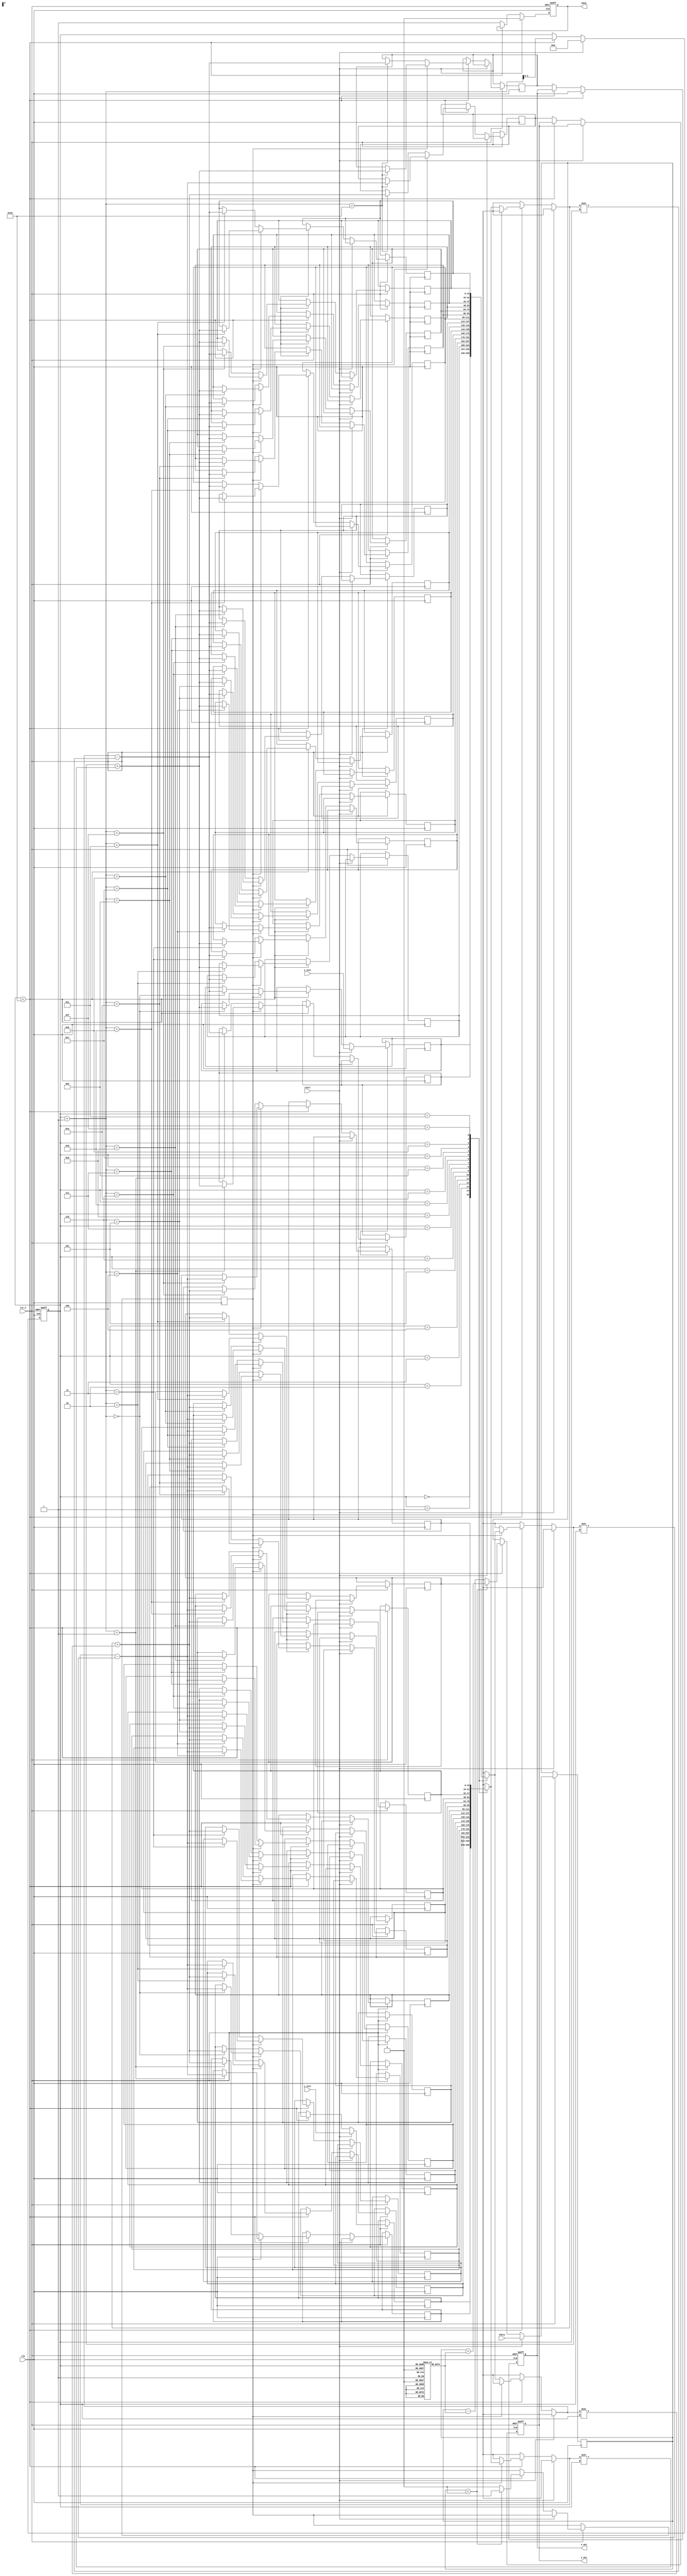
module modified_cordic (
    input wire clk,
    input wire rst_n,
    input wire start,
    input wire [15:0] theta, // Input angle in fixed-point format
    input wire [15:0] x_init, // Initial X vector
    input wire [15:0] y_init, // Initial Y vector
    output reg [15:0] x_out, // Output X vector
    output reg [15:0] y_out, // Output Y vector
    output reg done // Indicates completion of computation
);

    // Parameters
    parameter NUM_ITERATIONS = 16; // Number of iterations
    reg [15:0] atan_table [0:NUM_ITERATIONS-1]; // Rotation table
    reg [15:0] x [0:NUM_ITERATIONS]; // X values for each iteration
    reg [15:0] y [0:NUM_ITERATIONS]; // Y values for each iteration
    reg [3:0] iteration; // Iteration counter
    reg [15:0] angle; // Current angle for rotation
    reg direction; // Rotation direction

    // Initialize atan table (arctangent values)
    initial begin
        atan_table[0] = 16'h0000; // atan(0)
        atan_table[1] = 16'h3F2D; // atan(1/2)
        atan_table[2] = 16'h3E9A; // atan(1/4)
        atan_table[3] = 16'h3E1A; // atan(1/8)
        // ... Fill in the rest of the atan values for more iterations
    end

    // State machine for CORDIC operation
    always @(posedge clk or negedge rst_n) begin
        if (!rst_n) begin
            iteration <= 0;
            x_out <= 0;
            y_out <= 0;
            done <= 0;
        end else if (start) begin
            // Initialize values
            x[0] <= x_init;
            y[0] <= y_init;
            angle <= theta;
            iteration <= 0;
            done <= 0;
        end else if (iteration < NUM_ITERATIONS) begin
            // Determine rotation direction
            if (angle < 0) begin
                direction <= 1; // Rotate clockwise
                angle <= angle + atan_table[iteration];
            end else begin
                direction <= 0; // Rotate counter-clockwise
                angle <= angle - atan_table[iteration];
            end

            // Perform rotation
            if (direction) begin
                x[iteration + 1] <= x[iteration] + (y[iteration] >> iteration);
                y[iteration + 1] <= y[iteration] - (x[iteration] >> iteration);
            end else begin
                x[iteration + 1] <= x[iteration] - (y[iteration] >> iteration);
                y[iteration + 1] <= y[iteration] + (x[iteration] >> iteration);
            end

            iteration <= iteration + 1;
        end else begin
            // Output final results
            x_out <= x[NUM_ITERATIONS];
            y_out <= y[NUM_ITERATIONS];
            done <= 1; // Indicate completion
        end
    end

endmodule